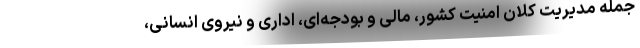
جمله مدیریت کلان امنیت کشور، مالی و بودجه‌ای، اداری و نیروی انسانی،